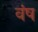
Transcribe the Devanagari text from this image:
वंष